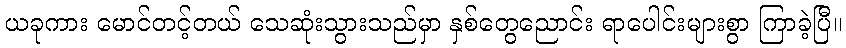
ယခုကား မောင်တင့်တယ် သေဆုံးသွားသည်မှာ နှစ်တွေညောင်း ရာပေါင်းများစွာ ကြာခဲ့ပြီ။